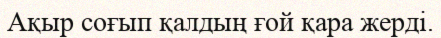
Ақыр соғып қалдың ғой қара жерді.